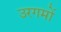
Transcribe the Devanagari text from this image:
उरगमों